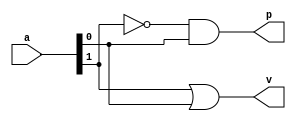
module lzd2(
	input [1:0] a,
	output p,
	output v);

assign p = ~a[1] & a[0];
assign v = a[1] | a[0];

endmodule